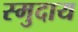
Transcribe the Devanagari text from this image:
स्मुदाय